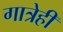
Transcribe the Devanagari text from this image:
गात्रेही